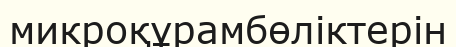
микроқұрамбөліктерін